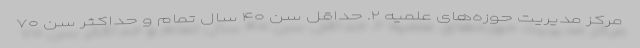
مرکز مدیریت حوزه‌های علمیه ۲. حداقل سن ۴۰ سال تمام و حداکثر سن ۷۰